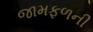
જામફળની